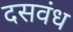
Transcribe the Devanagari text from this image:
दसवंध